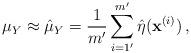
LaTeX: \begin{align*}\mu_Y \approx \hat{\mu}_Y = \frac{1}{m'}\sum_{i=1'}^{m'} \hat{\eta}(\mathbf{x}^{(i)}) \, ,\end{align*}